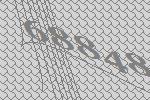
68848